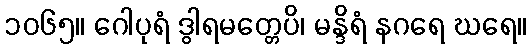
၁၀၆၅။ ဂေါပုရံ ဒွါရမတ္တေပိ၊ မန္ဒိရံ နဂရေ ဃရေ။